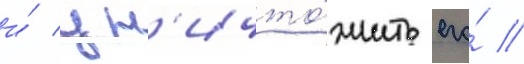
и́ ун'ичто́жить его́ //